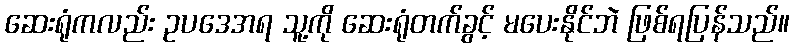
ဆေးရုံကလည်း ဥပဒေအရ သူ့ကို ဆေးရုံတက်ခွင့် မပေးနိုင်ဘဲ ဖြစ်ရပြန်သည်။